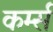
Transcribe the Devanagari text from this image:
कर्म्स